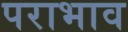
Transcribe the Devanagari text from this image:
पराभाव